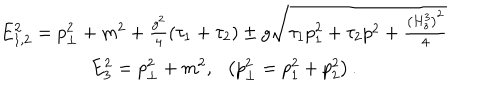
LaTeX: \begin{array} { c } { { E _ { 1 , 2 } ^ { 2 } = p _ { \bot } ^ { 2 } + m ^ { 2 } + \frac { g ^ { 2 } } 4 \left( \tau _ { 1 } + \tau _ { 2 } \right) \pm g \sqrt { \tau _ { 1 } p _ { 1 } ^ { 2 } + \tau _ { 2 } p ^ { 2 } + \frac { \left( H _ { z } ^ { 3 } \right) ^ { 2 } } 4 } } } \\ { { E _ { 3 } ^ { 2 } = p _ { \bot } ^ { 2 } + m ^ { 2 } , \ \ \left( p _ { \bot } ^ { 2 } = p _ { 1 } ^ { 2 } + p _ { 2 } ^ { 2 } \right) . } } \\ \end{array}